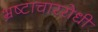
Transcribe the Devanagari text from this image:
भ्रष्टाचाररोधी